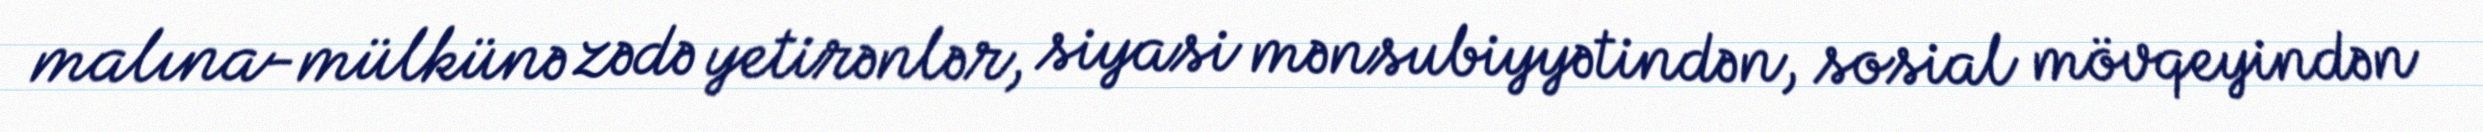
malına-mülkünə zədə yetirənlər, siyasi mənsubiyyətindən, sosial mövqeyindən